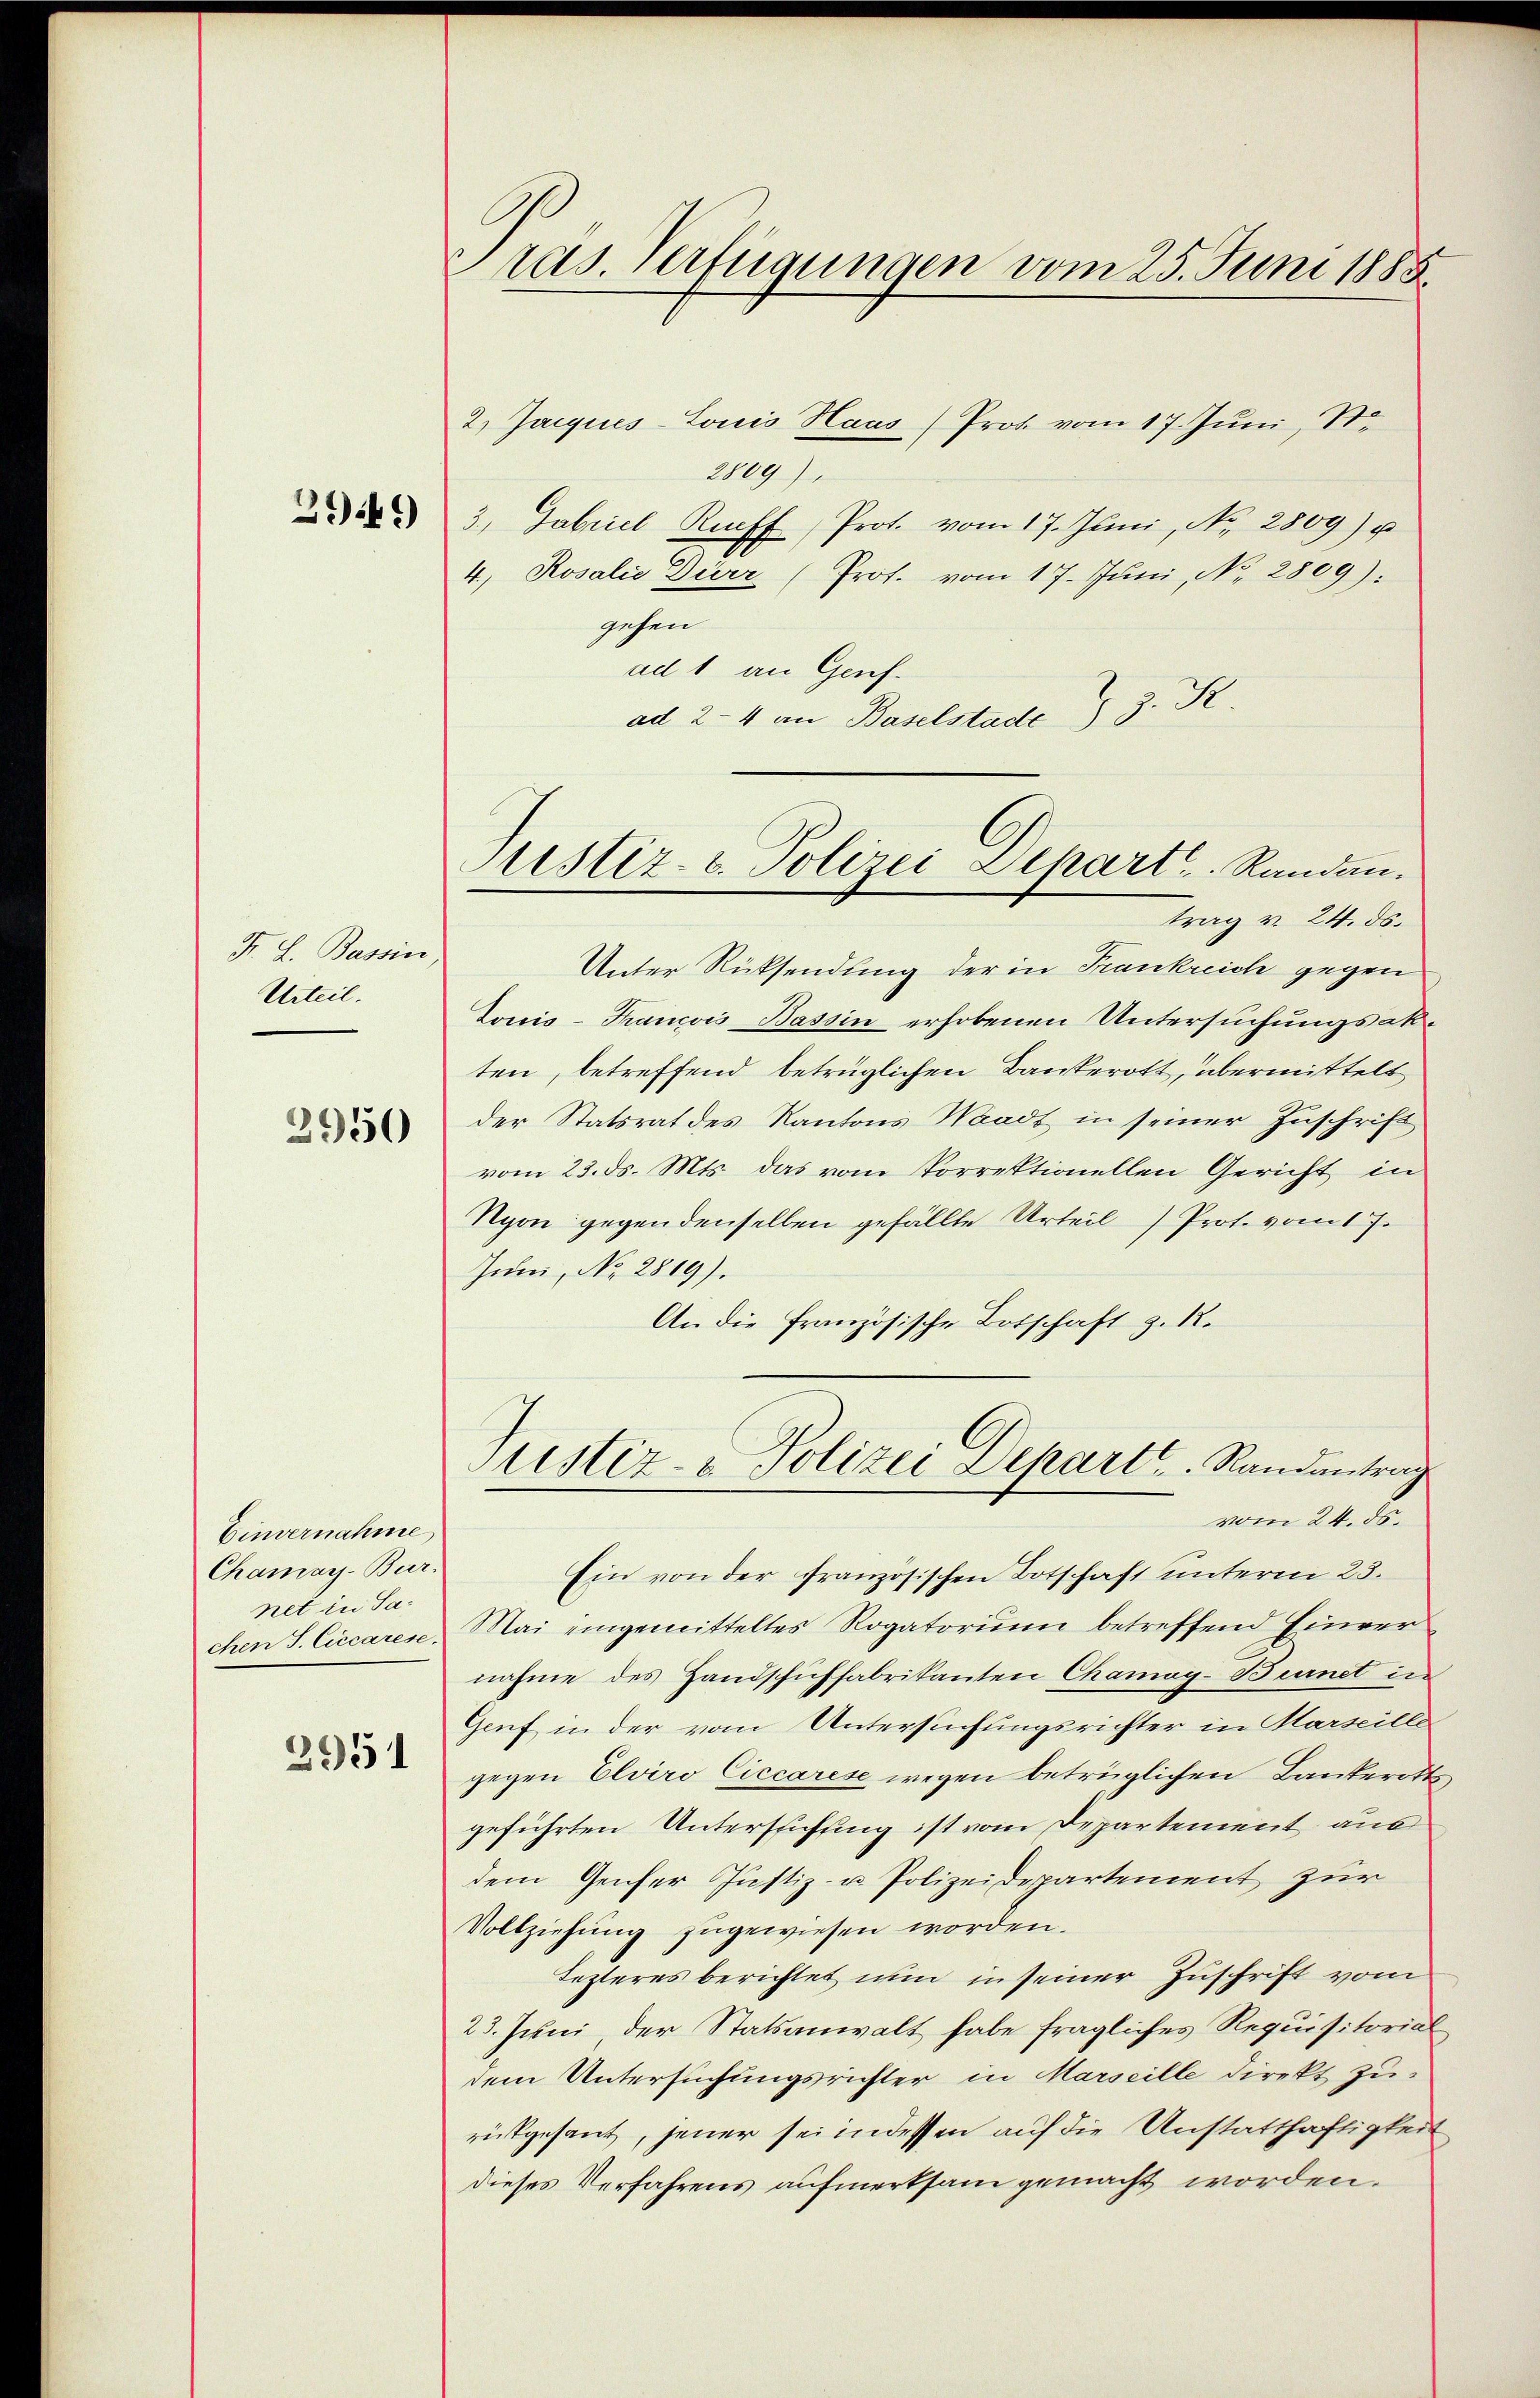
3949)

F. L. Bassin
Urteil.

2950

Einvernahme
Chamay-Bur.
net in Sa-

2951

ras. Verfügungen vom 25. Juni 1885

2.) Jacques-Louis Haus (Prot vom 17. Juni, St.
2809)
3. Gabriel Riff, Prot. vom 17. Juni, No. 2809) u
4., Rosalie Dürr (Prof. vom 17. Juni, No. 2809).
gehen
ad 1 an Genf.
ad 2-4 an Baselstadt § 3. R.
Unter Rücksendung der in Frankreich gegen
Donis-Trancois Bassin erhobenen Untersuchungsabten, betreffend betrüglichen Bankerott, übermittelt
der Statsrat des Kantons Waadt in seiner Zuschrift
vom 23. ds. Mts. das vom Vorrektionellen Gericht in
Nyon gegendenselben gefällte Urteil) Prot. vom 17.
Junn, No. 2819).
An die französische Botschaft z. R.
Justiz- & Polizei Depart. Randantrag
vom 24. ds.
Ein von der französischen Botschaft unterm 23.
chen S. Ciccarese, Mai eingemitteltes Rogatorium betreffend Einvernahme des Handschuffabrikanten Chamog-Burnet in
Genf in der vom Untersuchungsrichter in Marseille
gegen Elviro Ciccarese wegen betrüglichen Lanteritte
geführten Untersuchung ist vom Departement aus
dem Genfer Justiz- u. Polizeidepartement zur
Vollziehung zugewiesen worden.
Lezteres berichtet nun in seiner Zuschrift vom
23. Juni, der Statsanwalt habe fragliches Requisitorial
dem Untersuchungsrichter in Marseille direkt Zurückgesant, jener sei in dessen auf die Unstatthaftigkeit
dieses Verfahrens aufmerksam gemacht worden.

Justiz- u. Polizei-Depart. Randau.
trag v. 24. ds.